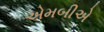
એમબીએ